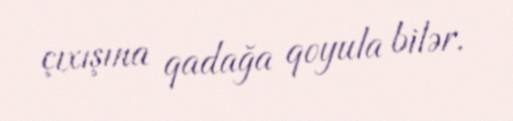
çıxışına qadağa qoyula bilər.